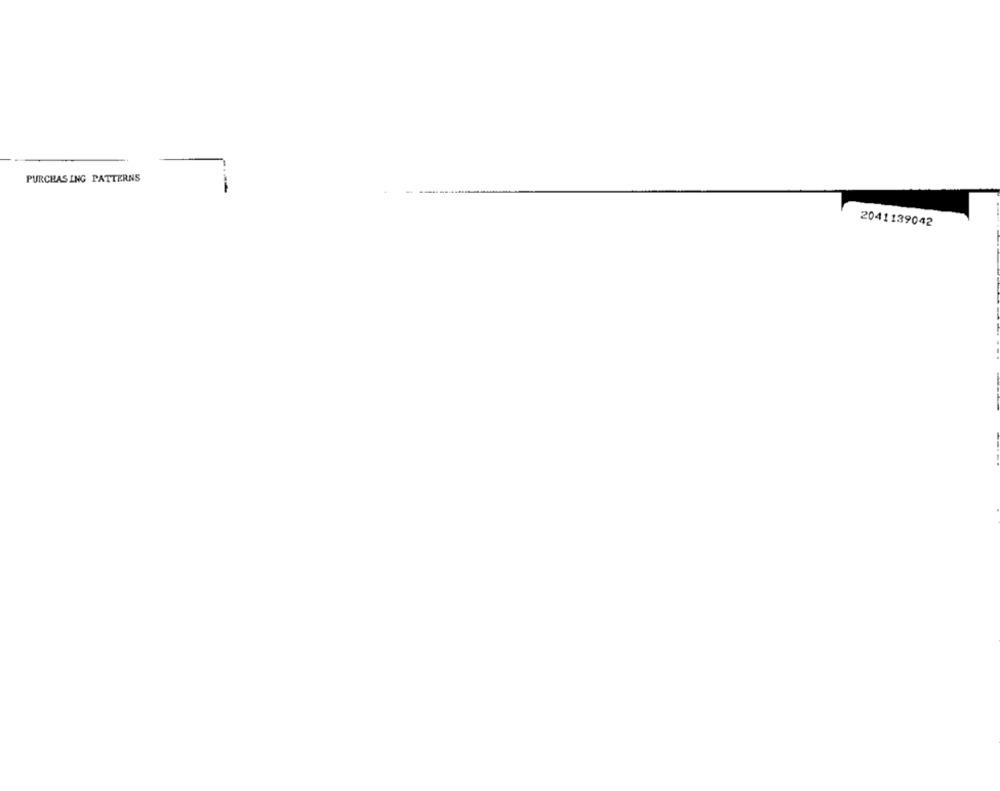
PURCHASING PATTERNS
2041139042